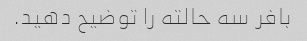
بافر سه حالته را توضیح دهید.